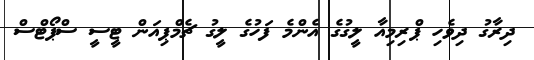
ދިރާގު ދިވެހި ޕްރިމިއާ ލީގުގެ އެންމެ ފަހުގެ ލީގު ޗެމްޕިއަން ޓީސީ ސްޕޯޓްސް